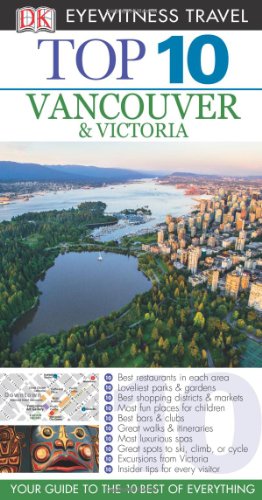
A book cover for Top 10 Vancouver & Victoria (Eyewitness Top 10 Travel Guide); Constance Brissenden; Travel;